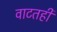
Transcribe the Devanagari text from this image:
वाटतही